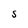
Character: S